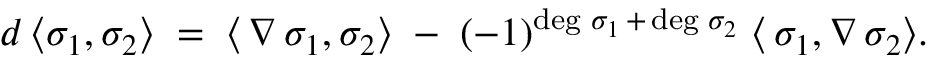
d \, \langle \sigma _ { 1 } , \sigma _ { 2 } \rangle \; = \; \langle \, \nabla \, \sigma _ { 1 } , \sigma _ { 2 } \rangle \; - \; ( - 1 ) ^ { \deg \, \sigma _ { 1 } \, + \, \deg \, \sigma _ { 2 } } \; \langle \, \sigma _ { 1 } , \nabla \, \sigma _ { 2 } \rangle .